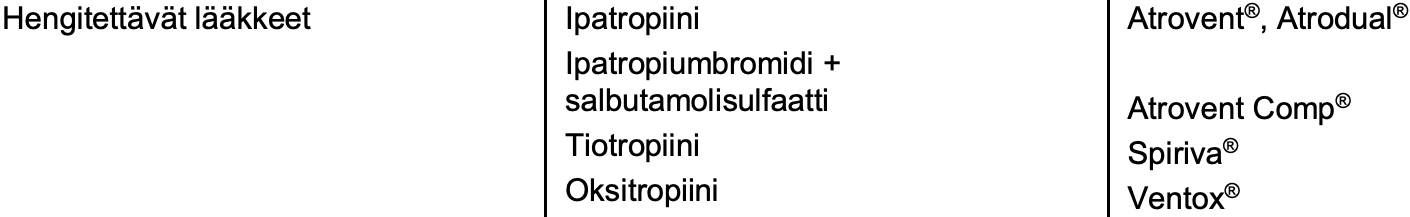
Hengitettävätlääkkeet Ipatropiini    Atrovent®, Atrodual® Ipatropiumbromidi+ salbutamolisulfaatti Atrovent Comp® Tiotropiini        Spiriva® Oksitropiini       Ventox®